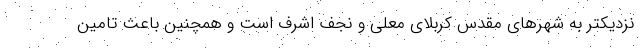
نزدیکتر به شهرهای مقدس کربلای معلی و نجف اشرف است و همچنین باعث تامین